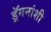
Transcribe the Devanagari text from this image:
ड्रॅगनांशी